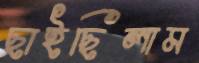
ছাইছিলাম